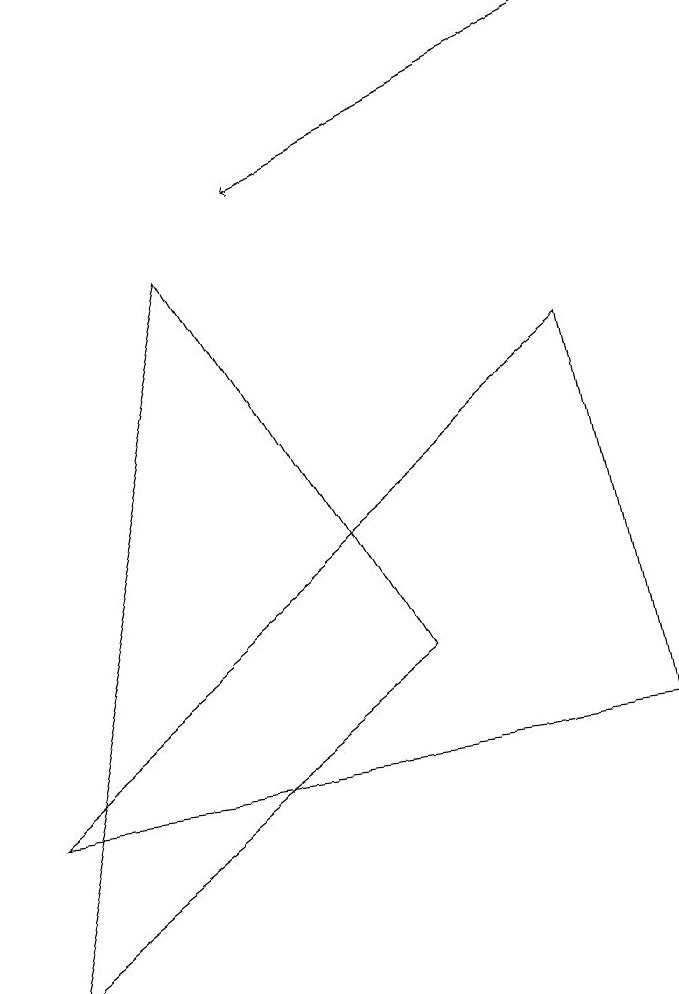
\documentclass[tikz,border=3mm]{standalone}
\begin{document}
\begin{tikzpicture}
\draw (3,9) -- (6,4) -- (1,0) -- cycle;
\draw (1,2) -- (8,8) -- (9,3) -- cycle;
\draw[->] (8,12) -- (4,10);
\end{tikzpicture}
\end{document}